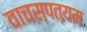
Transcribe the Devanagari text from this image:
वाचस्पत्यम